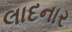
લાદનાર